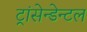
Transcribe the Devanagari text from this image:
ट्रांसेन्डेन्टल